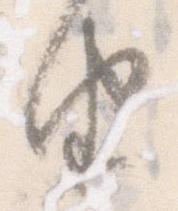
由